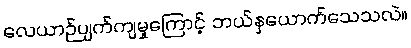
လေယာဉ်ပျက်ကျမှုကြောင့် ဘယ်နှယောက်သေသလဲ။